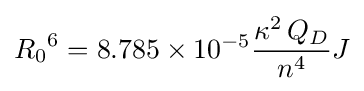
{R_{0}}^{6}=8.785\times 10^{-5}{\frac {\kappa ^{2}\,Q_{D}}{n^{4}}}J